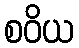
စဝိယ